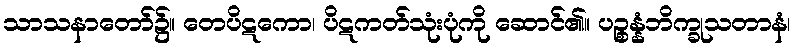
သာသနာတော်၌။ တေပိဋကော၊ ပိဋကတ်သုံးပုံကို ဆောင်၏။ ပဉ္စန္နံဘိက္ခုသတာနံ၊